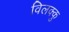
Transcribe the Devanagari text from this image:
विलक्कु